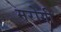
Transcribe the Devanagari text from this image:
मरोगी